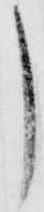
し